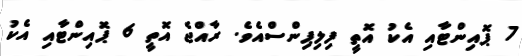
7 ޕޮއިންޓާއި އެކު އޮތީ ފިލިޕިންސްއެވެ. ރާއްޖެ އޮތީ 6 ޕޮއިންޓާއި އެކު